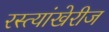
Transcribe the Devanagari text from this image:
रस्त्यांखेरीज